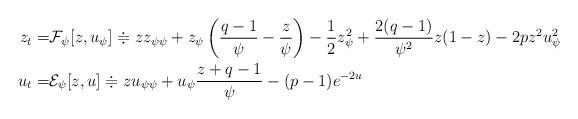
LaTeX: \begin{align*} \begin{aligned}z_t =& \mathcal{F}_\psi[z, u_\psi] \doteqdot z z_{\psi \psi} + z_\psi \left( \frac{q-1}{\psi} - \frac{z}{\psi} \right) - \frac{1}{2} z_\psi^2 + \frac{2(q-1)}{\psi^2} z(1-z) - 2pz^2 u_\psi^2 \\u_t =& \mathcal{E}_\psi[z, u] \doteqdot z u_{\psi \psi} + u_\psi \frac{z + q-1}{\psi} - (p-1) e^{-2u}\end{aligned} \end{align*}